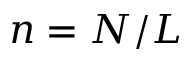
n = N / L